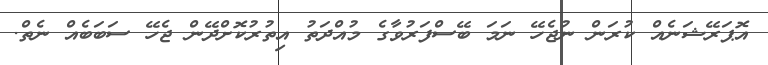
އޮޕަރޭޝަނެއް ކުރަން ނުޖެހޭ ނަމަ ބޭސްފަރުވާގެ މުއްދަތު އިތުރުކޮށްދޭން ޖެހޭ ސަބަބެއް ނެތް.